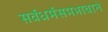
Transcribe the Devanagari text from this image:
सर्वधर्मसमभावाने